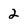
Character: 2